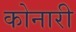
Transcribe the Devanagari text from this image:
कोनारी